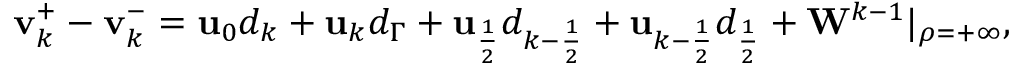
\begin{array} { r } { \mathbf { v } _ { k } ^ { + } - \mathbf { v } _ { k } ^ { - } = \mathbf { u } _ { 0 } d _ { k } + \mathbf { u } _ { k } d _ { \Gamma } + \mathbf { u } _ { \frac { 1 } { 2 } } d _ { k - \frac { 1 } { 2 } } + \mathbf { u } _ { k - \frac { 1 } { 2 } } d _ { \frac { 1 } { 2 } } + \mathbf { W } ^ { k - 1 } | _ { \rho = + \infty } , } \end{array}